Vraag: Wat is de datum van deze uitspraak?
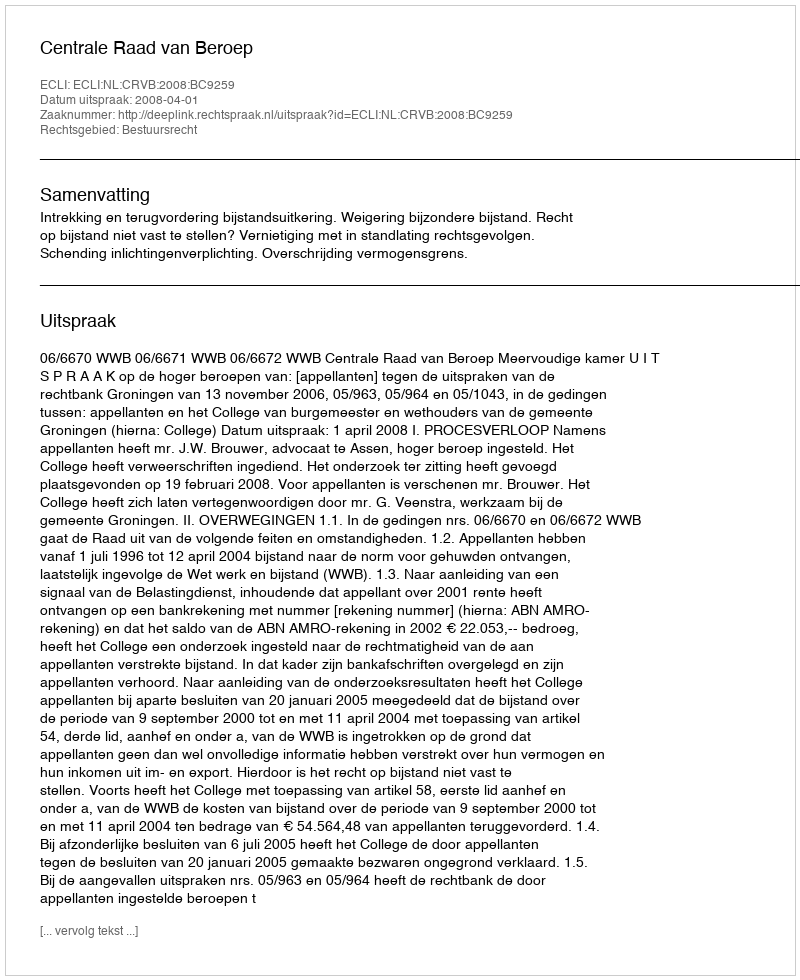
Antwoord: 2008-04-01